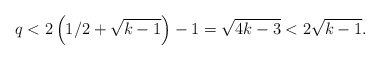
\begin{align*}q<2\left( 1/2+\sqrt{k-1}\right) -1=\sqrt{4k-3}<2\sqrt{k-1}.\end{align*}